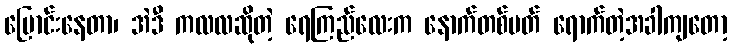
ပြောင်းနေတာ၊ အဲဒီ ကလလဆိုတဲ့ ရေကြည်လေးက နောက်တစ်ပတ် ရောက်တဲ့အခါကျတော့